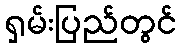
ရှမ်းပြည်တွင်